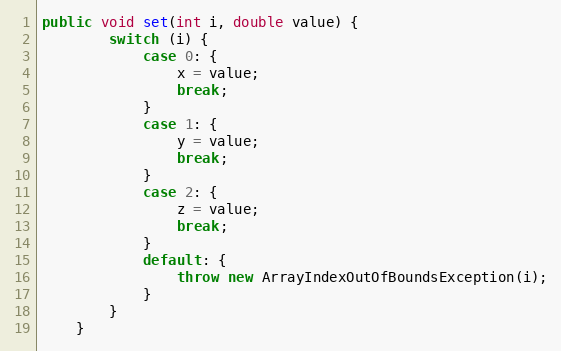
Language: Java
public void set(int i, double value) {
        switch (i) {
            case 0: {
                x = value;
                break;
            }
            case 1: {
                y = value;
                break;
            }
            case 2: {
                z = value;
                break;
            }
            default: {
                throw new ArrayIndexOutOfBoundsException(i);
            }
        }
    }